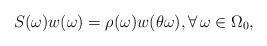
LaTeX: \begin{align*}S(\omega) w(\omega) = \rho(\omega) w(\theta\omega), \forall \, \omega\in \Omega_0,\end{align*}